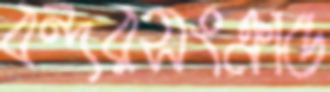
বন্দরসংক্রান্ত